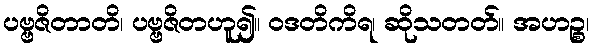
ပဗ္ဗဇိတာတိ၊ ပဗ္ဗဇိတဟူ၍။ ဝဒတိကိရ၊ ဆိုသတတ်။ အဟဉ္စ၊